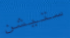
ستيشن